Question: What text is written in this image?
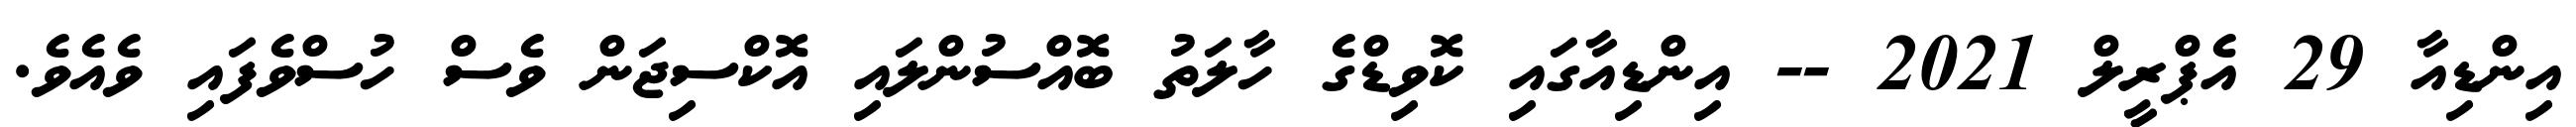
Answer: އިންޑިއާ 29 އެޕްރީލް 2021 -- އިންޑިއާގައި ކޮވިޑްގެ ހާލަތު ބޮއްސުންލައި އޮކްސިޖަން ވެސް ހުސްވެފައި ވެއެވެ.